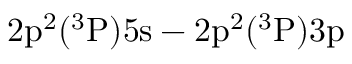
\mathrm { 2 p ^ { 2 } ( ^ { 3 } P ) 5 s - 2 p ^ { 2 } ( ^ { 3 } P ) 3 p }